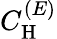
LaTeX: C_{\mathrm{H}}^{(E)}